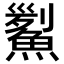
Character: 𩹒